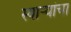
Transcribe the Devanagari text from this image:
स्वाऱ्यांचा